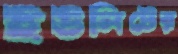
ইউনিটের